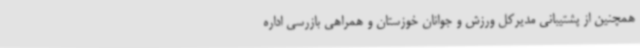
همچنین از پشتیبانی مدیرکل ورزش و جوانان خوزستان و همراهی بازرسی اداره